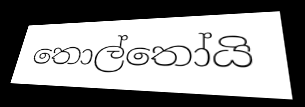
තොල්තෝයි